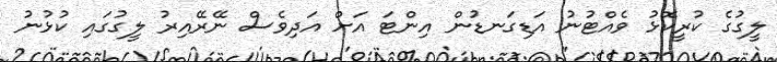
ލީގުގެ ކުރީކޮޅު ވެއްޓުނު އަޑިގަނޑުން އިންޓަ އަށް އަދިވެސް ނޭރޭއިރު ލީގުގައި ކުޅުނު